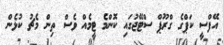
އޭފްސީ ކަޕްގެ ގްރޫޕް ސްޓޭޖުގައި ކޮންމެ ޓީމެއް ވެސް ތިން މެޗު ކުޅެން